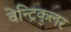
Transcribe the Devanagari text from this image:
वेन्ट्रिकुलर